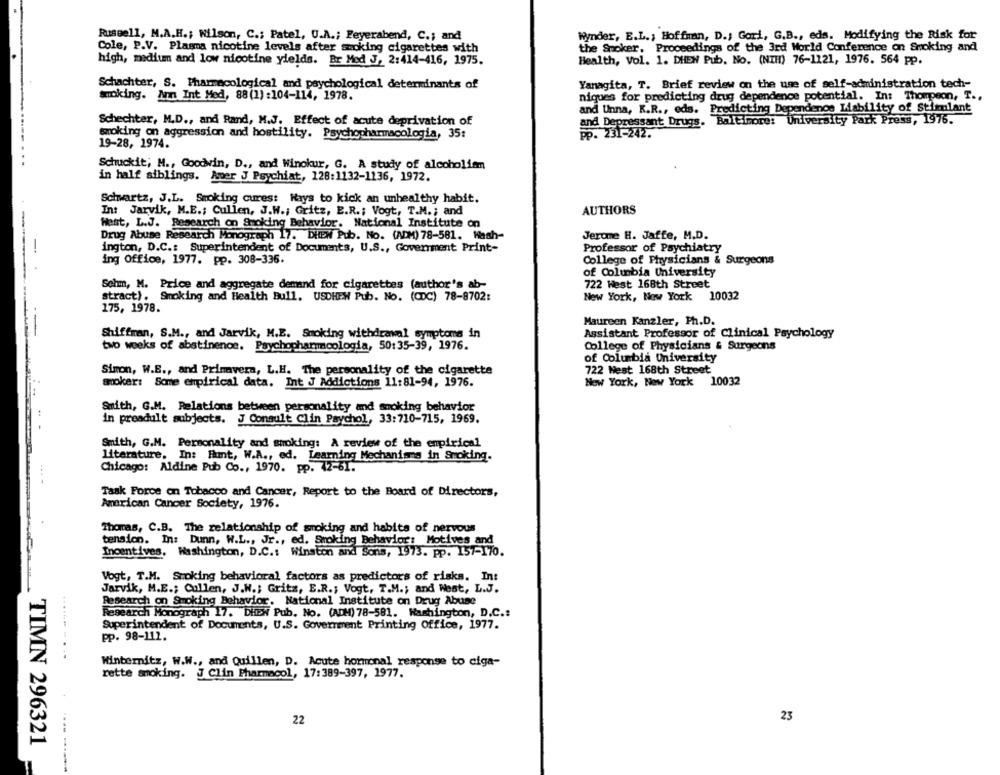
Russell, M.A.H .; Nilson, C .; Patel, U.A .; Feyerabend, C .; and
Wynder, E.L .; Hoffman, D .; Gori, G.B ., eds. Modifying the Risk for
Cole, P.V. Plasma nicotine levels after smoking cigarettes with
the Smoker, Proceedings of the 3rd World Conference on Smoking and
high, medium and low nicotine yields. Br Med J, 2:414-416, 1975.
Health, Vol. 1. DHEN Pub, No. (NIH) 76-1121, 1976. 564 pp.
Schachter, S. Pharmacological and psychological determinants of
Yanagita, T. Brief review on the use of self-administration tech-
smoking. Ann Int Med, 88(1) :104-114, 1978.
niques for predicting drug dependence potential. In: Thompson, T .,
and Unna, K.R ., eds. Predicting Dependence Liability of Stimulant
Schechter, M.D ., and Rand, M.J. Effect of acute deprivation of
and Depressant Drugs. Baltimore: University Park Press, 1976.
smoking on aggression and hostility. Psychopharmacologia, 35:
PP. 231-242.
19-28, 1974.
Schuckit; M ., Goodwin, D ., and Winokur, G. A study of alcoholism
in half siblings. Aver J Psychiat, 128:1132-1136, 1972.
Schwartz, J.L. Smoking cures: Hays to kick an unhealthy habit.
AUTHORS
In: Jarvik, M.E .; Cullen, J.W .; Gritz, E.R .; Vogt, T.M .; and
West, L.J. Research on Smoking Behavior. National Institute on
Drug Abuse Research Monograph 17. DitEN Pub. No. (ADM) 78-581. Hash-
Jerome H. Jaffe, M.D.
ington, D.C .: Superintendent of Documents, U.S ., Government Print-
Professor of Psychiatry
-
ing Office, 1977. pp. 308-336.
College of Physicians & Surgeons
of Columbia University
Sehm, M. Price and aggregate demand for cigarettes (author's ab-
722 West 168th Street
stract). Smoking and Health Bull. USDHPH Pub. No. (CDC) 78-8702:
New York, New York 10032
175, 1978.
Maureen Kanzler, Ph.D.
Shiffman, S.M ., and Jarvik, M.E. Smoking withdrawal symptoms in
Assistant Professor of Clinical Psychology
two weeks of abstinence. Psychopharmacologia, 50:35-39, 1976.
College of Physicians & Surgeons
of Columbia University
Sinon, W.E ., and Primavera, L.H. The personality of the cigarette
722 West 168th Street
moker: Some empirical data. Int J Addictions 11:81-94, 1976.
New York, New York 10032
Smith, G.M. Relations between personality and smoking behavior
in preadult subjects. J Consult Clin Psychol, 33:710-715, 1969.
Smith, G.M. Personality and smoking: A review of the empirical
literature. In: Humt, W.A ., ed. Learning Mechanisms in Smoking.
Chicago: Aldine Pub Co ., 1970. pp. 42-61.
Task Force on Tobacco and Cancer, Report to the Board of Directors,
American Cancer Society, 1976.
Thomas, C.B. The relationship of smoking and habits of nervous
tension. In: Dunn, W.L ., Jr ., ed. Smoking Behavior: Motives and
Incentives, Washington, D.C .: Winston and Sons, 1973. pp. 157-170.
Vogt, T.M. Smoking behavioral factors as predictors of risks. In:
Jarvik, M.E .; Cullen, J.W .; Gritz, E.R .; Vogt, T.M .; and West, L.J.
Research on Smoking Behavior. National Institute on Drug Abuse
Research Monograph 17. DHBW Pub. No. (ADM) 78-581. Washington, D.C .:
Superintendent of Documents, U.S. Government Printing Office, 1977.
...... ..
pp. 98-111.
Winternitz, W.W ., and Quillen, D. Acute hormonal response to ciga-
rette smoking. J Clin Pharmacol, 17:389-397, 1977.
22
23
TIMN 296321
---------